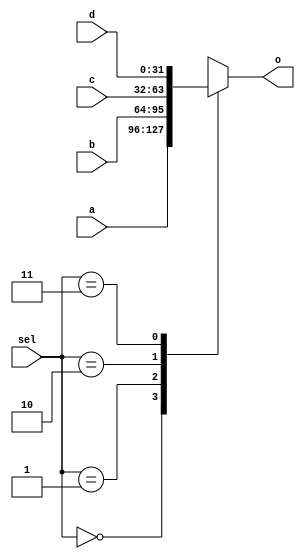
module MUX32_4_1(a,b,c,d,sel,o);
    input [31:0]a,b,c,d;
    input[1:0] sel;
    output reg[31:0]o;
    always @(sel or a or b or c or d)
    begin
        case(sel)
            2'b00:
                o=a;
            2'b01:
                o=b;
            2'b10:
                o=c;
            2'b11:
                o=d;
            default:
                o=0;
        endcase
    end
endmodule